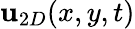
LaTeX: {\mathbf u}_{2D}(x,y,t)